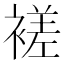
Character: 褨